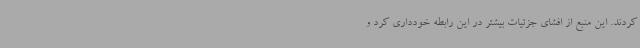
کردند. این منبع از افشای جزئیات بیشتر در این رابطه خودداری کرد و